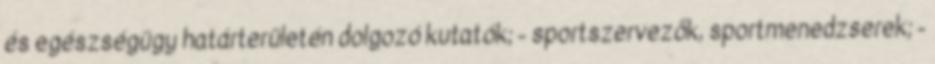
és egészségügy határterületén dolgozó kutatók; - sportszervezők, sportmenedzserek; -